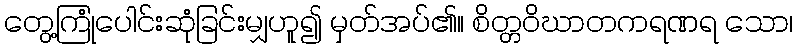
တွေ့ကြုံပေါင်းဆုံခြင်းမျှဟူ၍ မှတ်အပ်၏။ စိတ္တဝိဃာတကရဏရ သော၊